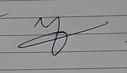
Signature authenticity: forged